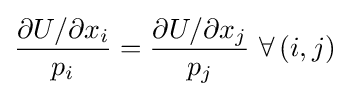
{\frac {\partial U/\partial x_{i}}{p_{i}}}={\frac {\partial U/\partial x_{j}}{p_{j}}}~\forall \left(i,j\right)